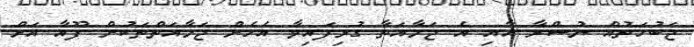
ޖަބުހަތުއް ނުސްރާ އާއި އެ ޖަމާއަތާ ގުޅިފައިވާ އެހެން ޖަމާއަތްތަކުން ފޫއާ އަށް